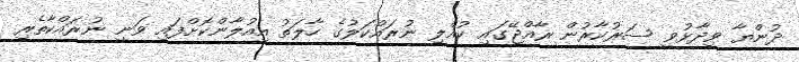
ދުންޔާ ވިދާޅުވީ ސަރުކާރުން ރާއްޖޭގައި ކުއްލި ނުރައްކަލުގެ ހާލަތު އިއުލާންކޮށްފައި ވަނީ ނުރައްކާތެރި